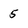
Character: 5